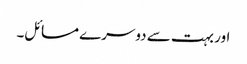
اور بہت سے دوسرے مسائل۔